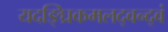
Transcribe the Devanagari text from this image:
यदङ्घ्रिकमलद्वन्द्वं